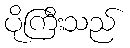
ပိုကြီးသည်